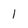
Character: 1